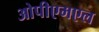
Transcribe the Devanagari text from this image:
ओपीएमएल